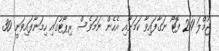
ޖުމްލަ 211 ފޮޓޯ ނަގާފައިވާ ކަމަށާއި އެހެން ނަމަވެސް ރިޕޯޓުގައި ހިމަނާފައިވަނީ 30